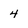
Character: 4